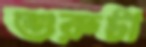
শুরুটা